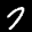
Label: 7